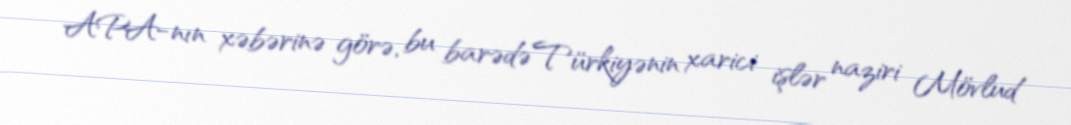
APA-nın xəbərinə görə, bu barədə Türkiyənin xarici işlər naziri Mövlud